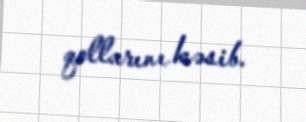
qollarını kəsib.